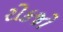
રોકજો